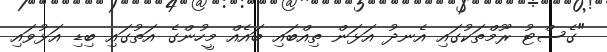
"ގެސްޓު ރޫމްތަކުގައި އެނދު އަޅަން ތިއްބައި ބައެއް މީހުންގެ އަތުގައި ބިޑި އަޅުވައި